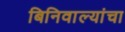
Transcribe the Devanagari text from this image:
बिनिवाल्यांचा